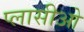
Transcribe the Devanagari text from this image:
प्लासीओ